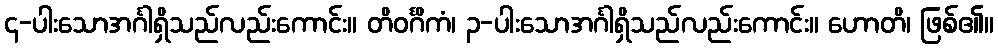
၄-ပါးသောအင်္ဂါရှိသည်လည်းကောင်း။ တိဝင်္ဂိကံ၊ ၃-ပါးသောအင်္ဂါရှိသည်လည်းကောင်း။ ဟောတိ၊ ဖြစ်၏။